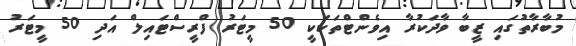
މުބާރާތުގައި ޒީބާ ވާދަކުރާ އިވެންޓްތަކަކީ 50 މީޓަރު ފްރީސްޓައިލް އަދި 50 މީޓަރު